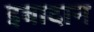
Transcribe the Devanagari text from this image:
इबादान